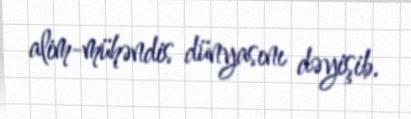
alim-mühəndis dünyasını dəyişib.